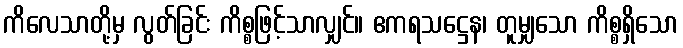
ကိလေသာတို့မှ လွတ်ခြင်း ကိစ္စဖြင့်သာလျှင်။ ဧကရသဋ္ဌေန၊ တူမျှသော ကိစ္စရှိသော